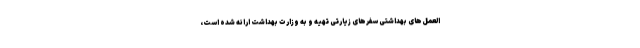
العمل‌های بهداشتی سفرهای زیارتی تهیه و به وزارت بهداشت ارائه شده است،